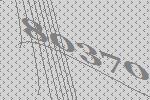
80370